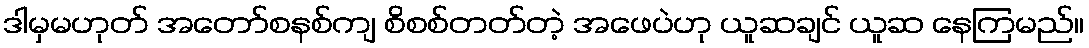
ဒါမှမဟုတ် အတော်စနစ်ကျ စိစစ်တတ်တဲ့ အဖေပဲဟု ယူဆချင် ယူဆ နေကြမည်။